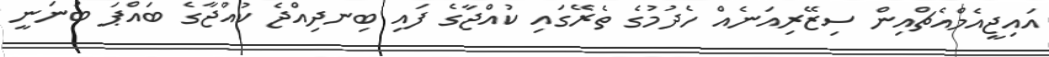
އައިޖީއެމްއެޗްއިން ސިޒޭރިއަނެއް ހެދުމުގެ ތެރޭގައި ކުއްޖާގެ ފައި ބިނދިއްޖެ ކުއްޖާގެ ބައްޕަ ބުނަނީ